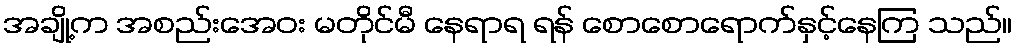
အချို့က အစည်းအေဝး မတိုင်မီ နေရာရ ရန် စောစောရောက်နှင့်နေကြ သည်။